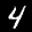
Label: 4